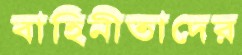
বাহিনীতাদের